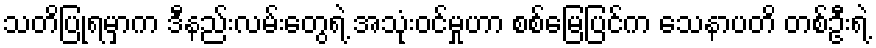
သတိပြုရမှာက ဒီနည်းလမ်းတွေရဲ့ အသုံးဝင်မှုဟာ စစ်မြေပြင်က သေနာပတိ တစ်ဦးရဲ့